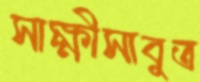
সাক্ষীসাবুত